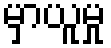
မှာယူမှု